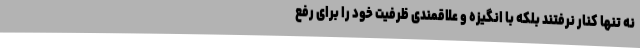
نه تنها کنار نرفتند بلکه با انگیزه و علاقمندی ظرفیت خود را برای رفع